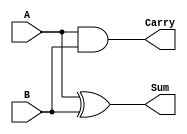
// half adder
module halfadder(A,B,Carry,Sum);
  input A,B;
  output Sum,Carry;
  xor(Sum,A,B);
  and(Carry,A,B);
endmodule

//full adder
module fadd(Sum,Carry,A,B,C);
  input A,B,C;
  output Sum,Carry;
  wire w1,w2,w3;
  xor(w1,A,B);
  xor(Sum,w1,C);
  and(w2,A,B);
  and(w3,C,w1);
  or(Carry,w2,w3);
endmodule

//2bit adder

module twobitadder(s0,s1,s2,a0,a1,b0,b1,c0);
  input a0,b0,a1,b1,c0;
  output s0,s1,s2;
  wire xor1,xor2,or1,and1,and2,and3,and4;

  xor(xor1,a0,b0);
  xor(s0,c0,xor1);
  and(and1,xor1,c0);
  and(and2,a0,b0);
  or(or1,and1,and2);
  
  xor(xor2,a1,b1);
  xor(s1,or1,xor2);
  and(and3,xor2,or1);
  and(and4,a1,b1);
  or(s2,and3,and4);

endmodule